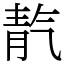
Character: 靔